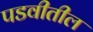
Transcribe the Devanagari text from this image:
पडवीतील